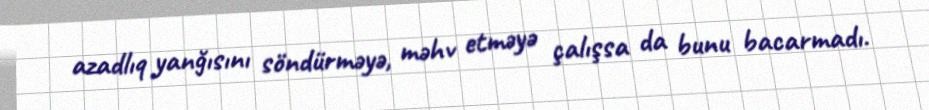
azadlıq yanğısını söndürməyə, məhv etməyə çalışsa da bunu bacarmadı.